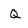
Character: Q